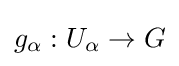
g_{\alpha }:U_{\alpha }\to G